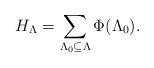
LaTeX: \begin{align*}H_\Lambda=\sum_{\Lambda_0 \subseteq \Lambda} \Phi(\Lambda_0).\end{align*}